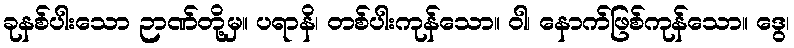
ခုနစ်ပါးသော ဉာဏ်တို့မှ။ ပရာနိ၊ တစ်ပါးကုန်သော။ ဝါ၊ နောက်ဖြစ်ကုန်သော။ ဒွေ၊